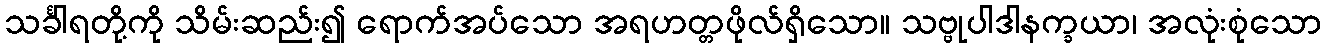
သင်္ခါရတို့ကို သိမ်းဆည်း၍ ရောက်အပ်သော အရဟတ္တဖိုလ်ရှိသော။ သဗ္ဗုပါဒါနက္ခယာ၊ အလုံးစုံသော